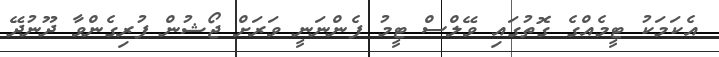
އެކަމަކު ޓީމެއްގެ ގޮތުގައި ވޭލްސް ޓީމު ފެންނަނީ ވަރަށް ޖޯޝުން ފުރިގެންވާ ދޫނުދޭ